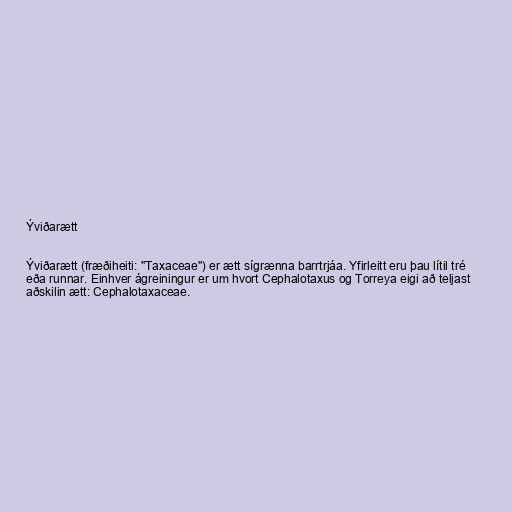
Ýviðarætt

Ýviðarætt (fræðiheiti: "Taxaceae") er ætt sígrænna barrtrjáa. Yfirleitt eru þau lítil tré
eða runnar. Einhver ágreiningur er um hvort Cephalotaxus og Torreya eigi að teljast
aðskilin ætt: Cephalotaxaceae.